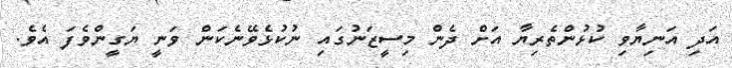
އަދި އަނިޔާވި ކުޅުންތެރިޔާ އަށް ދެން މިސީޒަނުގައި ނުކުޅެވޭނެކަން ވަނީ ޔަގީންވެފަ އެވެ.